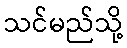
သင်မည်သို့